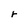
Character: r